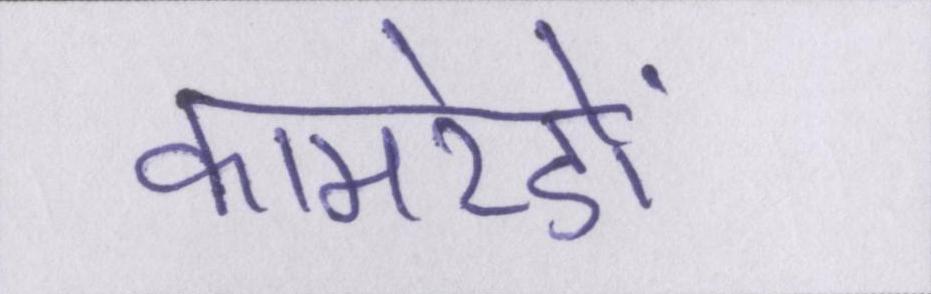
कामरेडों